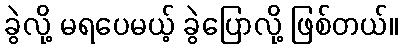
ခွဲလို့ မရပေမယ့် ခွဲပြောလို့ ဖြစ်တယ်။